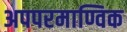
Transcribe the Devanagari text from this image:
अपपरमाण्विक